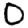
Digit: 0